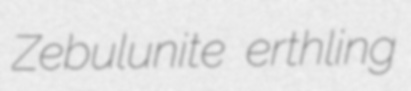
Zebulunite erthling